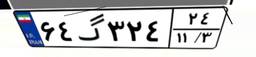
۶۴گ۳۲۴۲۴